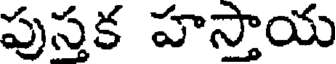
పుస్తక హస్తాయ